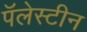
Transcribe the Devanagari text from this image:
पॅलेस्टीन